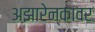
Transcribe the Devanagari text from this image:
अझारेन्कावर